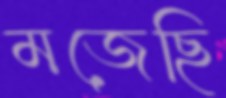
মজেছি